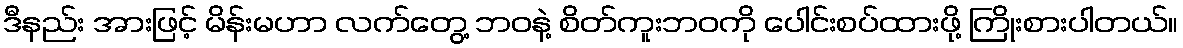
ဒီနည်း အားဖြင့် မိန်းမဟာ လက်တွေ့ ဘဝနဲ့ စိတ်ကူးဘဝကို ပေါင်းစပ်ထားဖို့ ကြိုးစားပါတယ်။